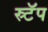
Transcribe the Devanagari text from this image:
स्र्टॅप